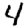
Digit: 4